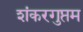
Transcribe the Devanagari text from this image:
शंकरगुप्तम